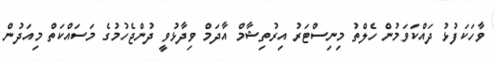
ވާހަކަފުޅު ދައްކަވަމުން ހެލްތު މިނިސްޓަރު އިރުތިޝާމް އާދަމް ވިދާޅުވީ ދުންޖެހުމުގެ މަސައްކަތް މިއަދުން